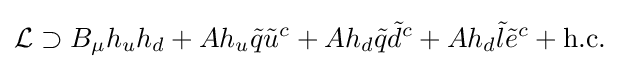
{\mathcal {L}}\supset B_{\mu }h_{u}h_{d}+Ah_{u}{\tilde {q}}{\tilde {u}}^{c}+Ah_{d}{\tilde {q}}{\tilde {d}}^{c}+Ah_{d}{\tilde {l}}{\tilde {e}}^{c}+{\text{h.c.}}